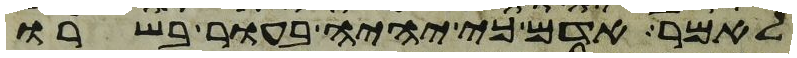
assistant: לאמר אדם כי יהיה בעור בשרו